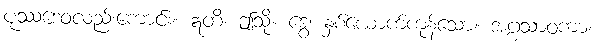
ပုဿဒေဝလည်းကောင်း။ ဣတိ၊ ဤသို့။ ဒွေ၊ နှစ်ယောက်ကုန်သော။ အဂ္ဂသာဝကာ၊